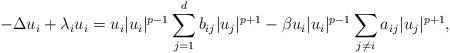
LaTeX: \begin{align*}-\Delta u_i + \lambda_i u_i = u_i |u_i|^{p-1}\sum_{j=1}^d b_{ij} |u_j|^{p+1} - \beta u_i |u_i|^{p-1}\sum_{j \neq i} a_{ij} |u_j|^{p+1},\end{align*}